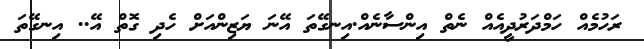
ރަހުމެއް ހަމްދަރުދީއެއް ނެތް އިންސާނެއް.އިނގޭތަ އޭނަ ޔަޒިންއަށް ހެދި ގޮތް އޭ.. އިނގޭތަ